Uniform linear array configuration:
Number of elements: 32
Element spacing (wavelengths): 0.25
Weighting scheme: blackman
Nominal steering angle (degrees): -45
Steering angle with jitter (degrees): -43.795
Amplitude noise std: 0.05
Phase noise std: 0.05

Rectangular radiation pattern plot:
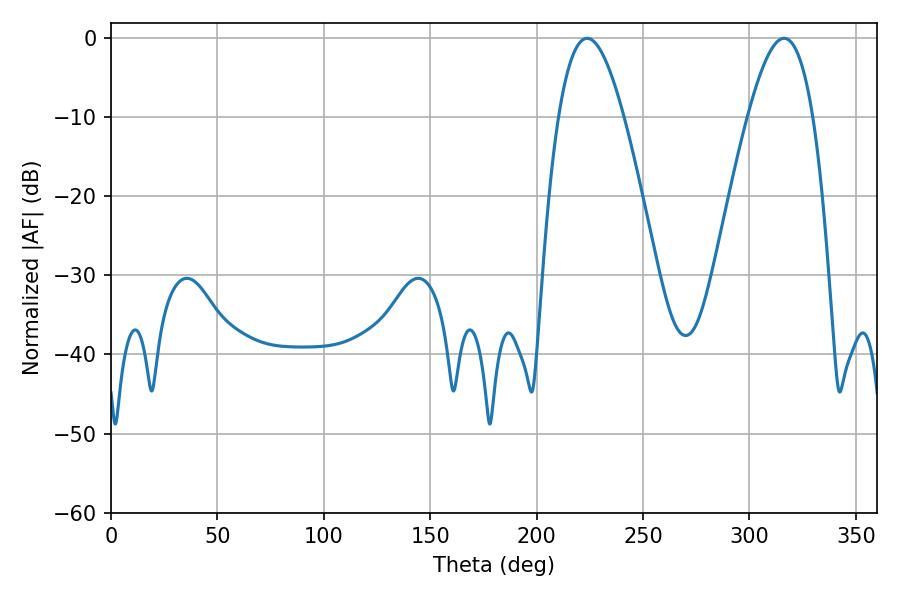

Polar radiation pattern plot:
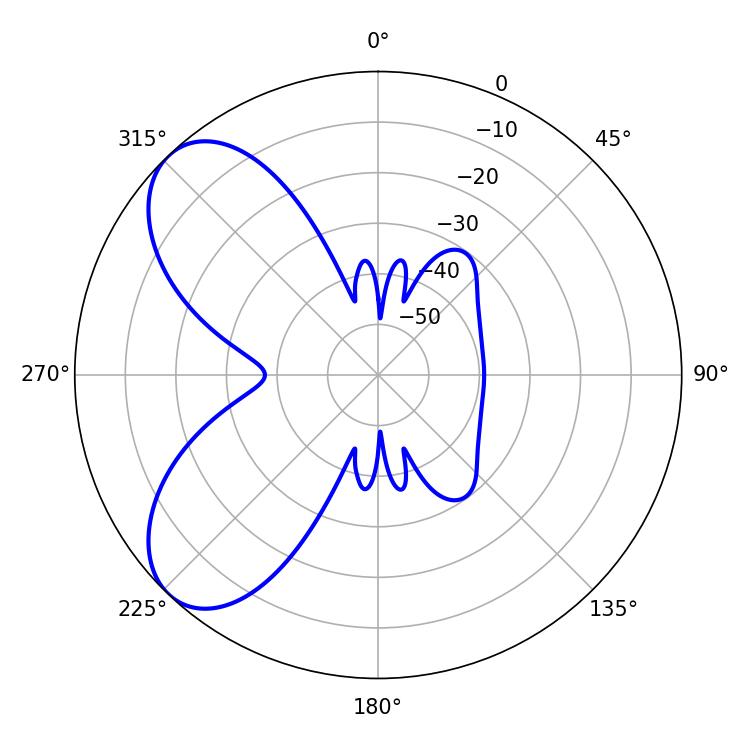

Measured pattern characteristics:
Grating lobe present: FALSE
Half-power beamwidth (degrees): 16.56
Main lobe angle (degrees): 223.74